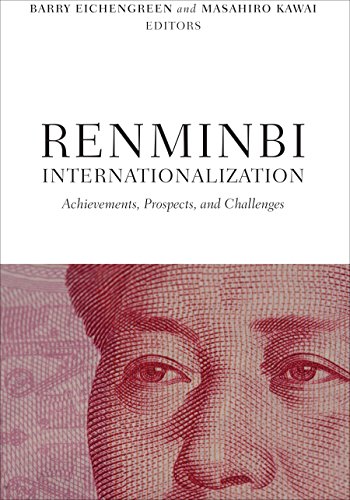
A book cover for Renminbi Internationalization: Achievements, Prospects, and Challenges; Business & Money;